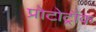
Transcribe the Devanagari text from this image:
प्रोटोट्रॉक